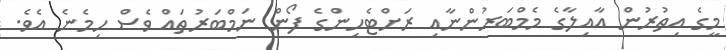
މީގެ އިތުރުން އާއިލާގެ މެމްބަރުންނާއި ރަށްޓެހިންގެ ފޯން ނަމްބަރުތައް ވެސް ހިމެނެ އެވެ.